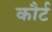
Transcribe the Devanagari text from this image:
कौर्ट